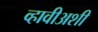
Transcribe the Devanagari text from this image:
व्हावीअशी